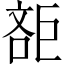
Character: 𣁔